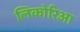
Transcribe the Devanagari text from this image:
लिकोरिआ